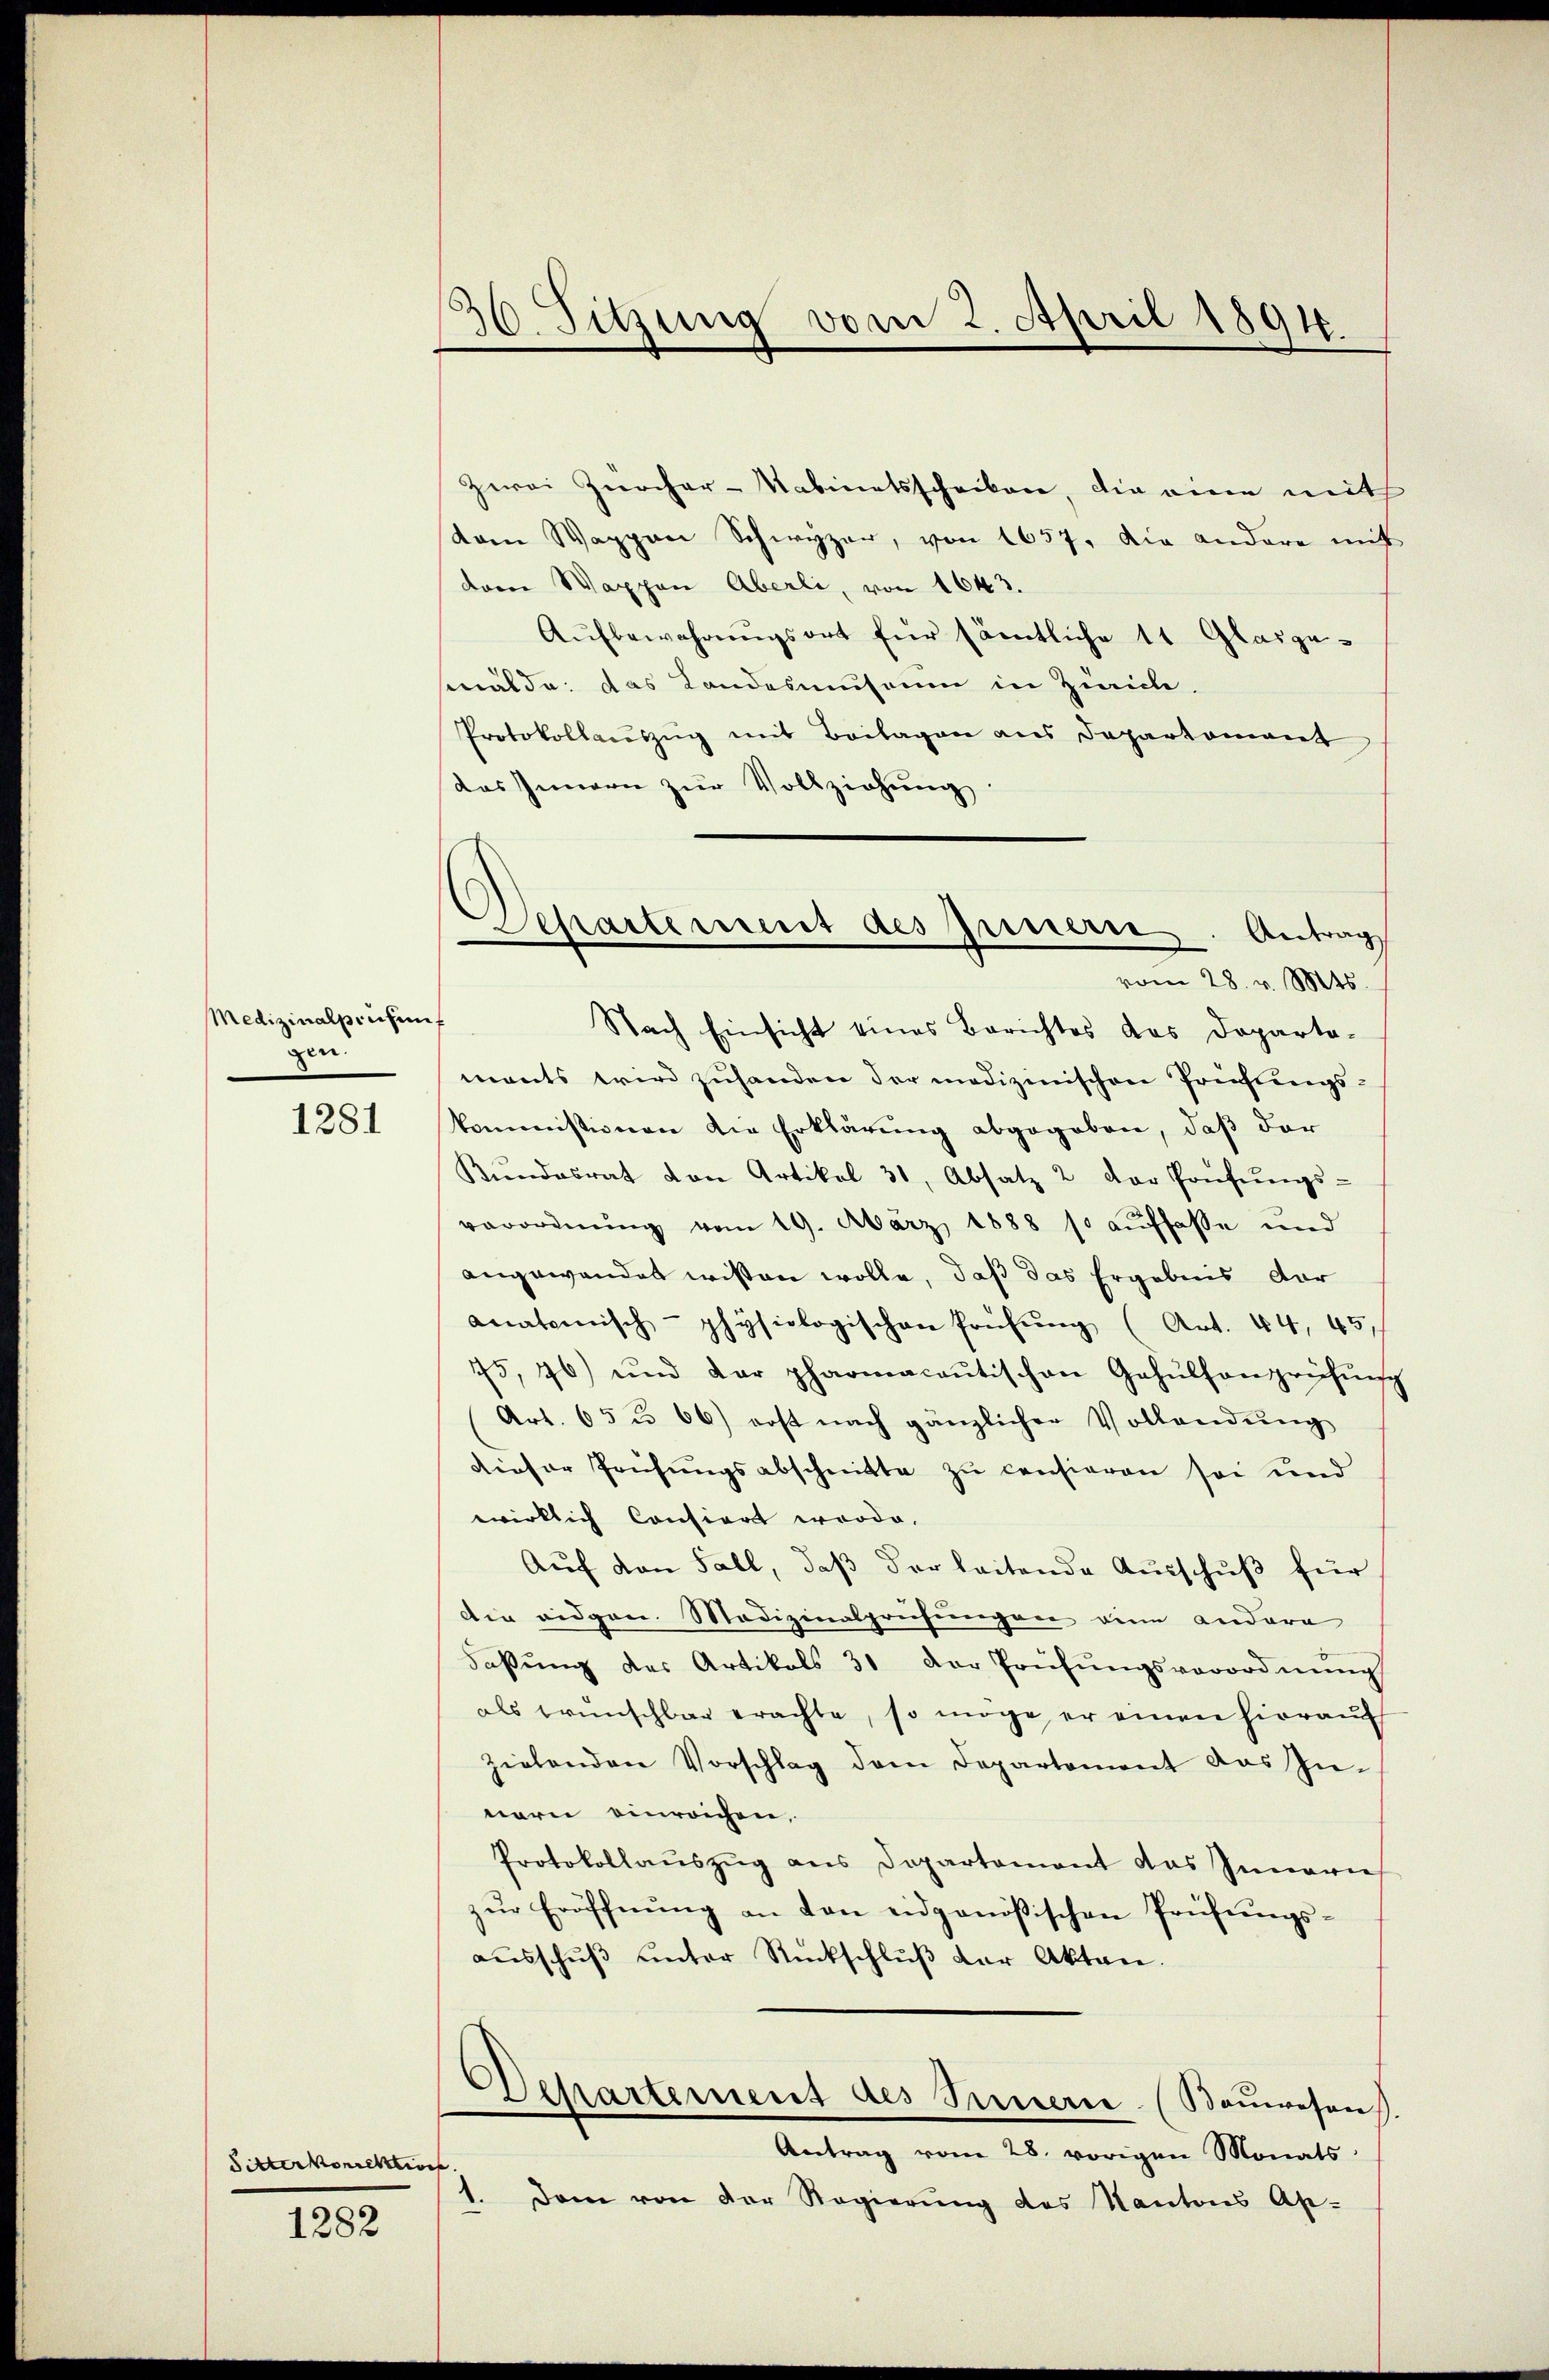
Medizinalprichenf
gen.

1281

Sitterkorrektions

1282

36. Sitzung vom 2. April 1891.

Separtement des Juriere. Antrag
vom 28. v. Mts.
Nach Einsicht eines Berichtes das Departa-

Zwei Zürcher-Kabinetsscheiben, die eine mit
dam Wappen Schwyzer, von 1657. Die andere mit
daene Wappen Aberli, von 1643.
Aŭfbewahrŭngsort für sämtliche 11 Glasge¬

swalde: das Landesmuseum in Zürich.
Protokollaŭszŭg mit Beilagen ans Departoniert
das Innern zŭr Vollziehŭng
mants wird zuhanden der medizinischen Prüfungskommissionen die Erklärung abgegeben, daß der
Kŭndesrat von Artikel 31, Absatz 2 der Prüfŭngs-
verordnŭng vom 19. März 1888 so auffasse und
angewandet wissen wolle, daß das Ergebnis dar
anatomisch-physiologischen Prüfŭng (Art. 44, 45,
75, 76) und der pharmacantischen Gehülfanprüfŭng
Art. 65 u. 66) erst nach gänzlicher Vollendŭng
dieser Prüfungsabschnitte zu consieren sei und
wirklich Consiert worde.
Auf von Fall, daß der leitende Ausschuß für
Die eidgen. Medizinalprüfungen eine andera
Faβŭng des Artikals 31 der Prüfŭngsverordnŭng
als wünschbar erachte, so möge er einen hierauf
zielenden Vorschlag dem Departement das In-
nern einreichen,
Protokollaŭszŭg ans Departement das Inneren
zŭr Eröffnŭng an von eidgenößischen Prüfungsaŭsschŭβ ŭnter Rückschlŭβ der Akten.
Behartement des Innern. (Baŭwesen
Antrag vom 28. vorigen Monats
1. Dem von der Regierung des Kantons Ap-